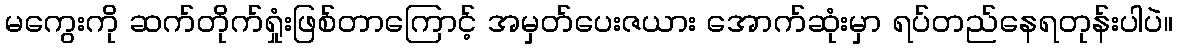
မကွေးကို ဆက်တိုက်ရှုံးဖြစ်တာကြောင့် အမှတ်ပေးဇယား အောက်ဆုံးမှာ ရပ်တည်နေရတုန်းပါပဲ။